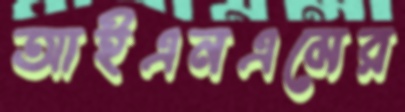
আইএনএমের